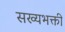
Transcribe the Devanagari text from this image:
सख्यभक्ती